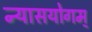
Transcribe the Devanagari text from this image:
न्यासयोगम्